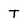
Character: T